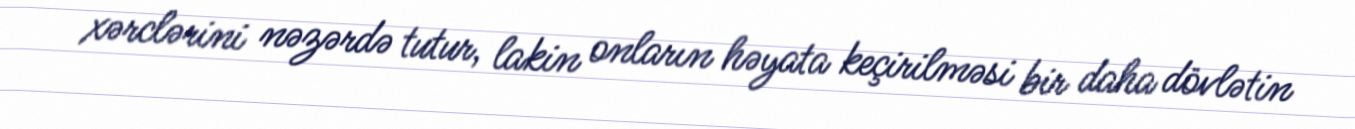
xərclərini nəzərdə tutur, lakin onların həyata keçirilməsi bir daha dövlətin